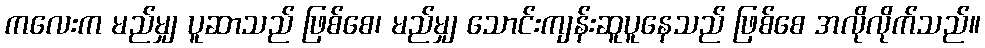
ကလေးက မည်မျှ ပူဆာသည် ဖြစ်စေ၊ မည်မျှ သောင်းကျန်းဆူပူနေသည် ဖြစ်စေ အလိုလိုက်သည်။